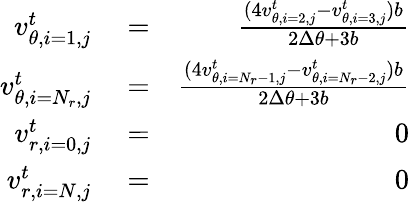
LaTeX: \begin{array}{rlr}{v_{\theta,i=1,j}^{t}}&{{}=}&{\frac{(4v_{\theta,i=2,j}^{t}-v_{\theta,i=3,j}^{t})b}{2\Delta\theta+3b}}\\ {v_{\theta,i=N_{r},j}^{t}}&{{}=}&{\frac{(4v_{\theta,i=N_{r}-1,j}^{t}-v_{\theta,i=N_{r}-2,j}^{t})b}{2\Delta\theta+3b}}\\ {v_{r,i=0,j}^{t}}&{{}=}&{0}\\ {v_{r,i=N,j}^{t}}&{{}=}&{0}\end{array}